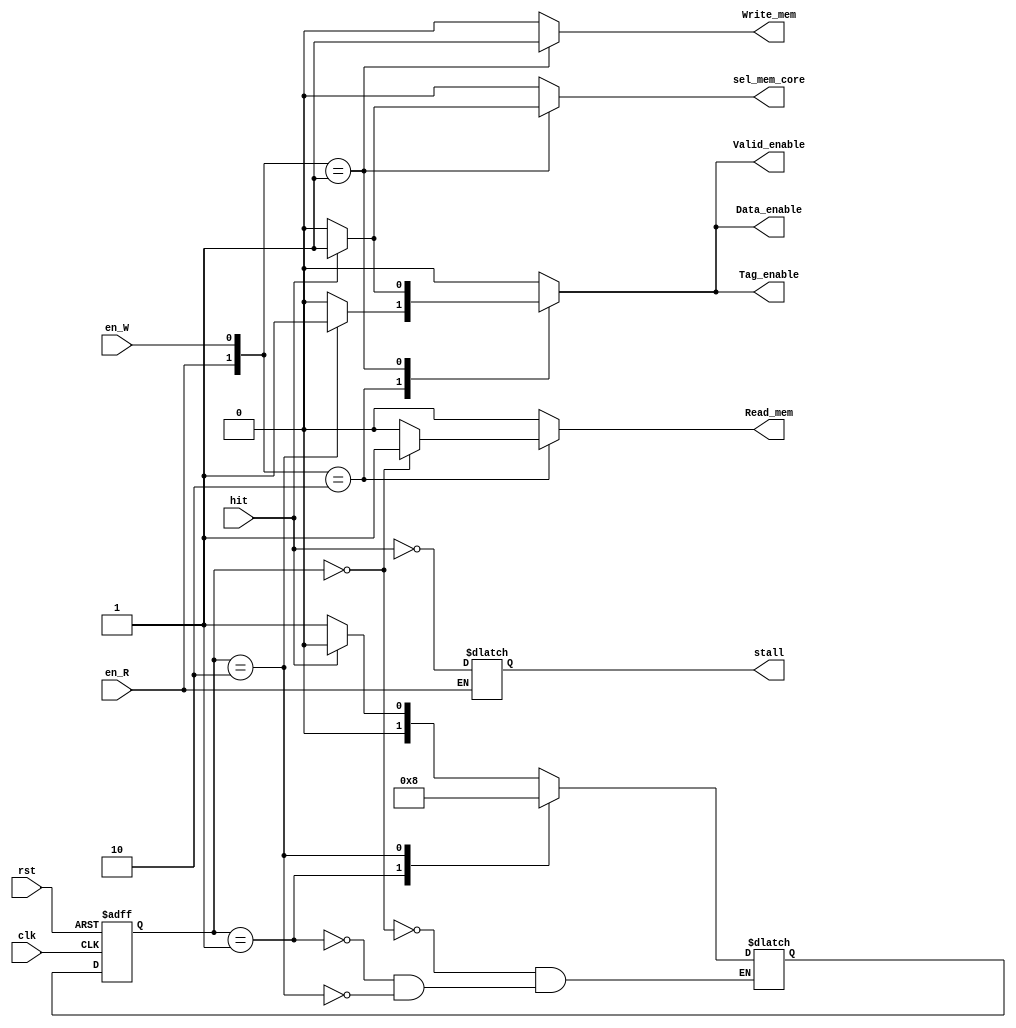
// Cache Control

module Cache_Control ( 
					   clk,
					   rst,
					   // input
					   en_R,
					   en_W,
					   hit,
					   // output
					   Read_mem,
					   Write_mem,
					   Valid_enable,
					   Tag_enable,
					   Data_enable,
					   sel_mem_core,
					   stall
					   );
	
	input clk, rst;
	input en_R;
	input en_W;
    	input hit;
	
	output Read_mem;
	output Write_mem;
	output Valid_enable;
	output Tag_enable;
	output Data_enable;
	output sel_mem_core;		// 0 data from mem, 1 data from core
	output stall;
	
	reg Read_mem;
	reg Write_mem;
	reg Valid_enable;
	reg Tag_enable;
	reg Data_enable;
	reg sel_mem_core;
	reg stall;

	parameter Read_mode = 2'b10,
		  Write_mode = 2'b01;

	parameter R_Idle = 0,
		  R_Wait = 1,
		  R_Read_Memory = 2;

	reg [1:0] cur_R_state;
	reg [1:0] nxt_R_state;

	wire Read_Miss;
	assign Read_Miss = !hit;

	parameter Write_Miss = 0,
		  Write_Hit = 1;

	always @(*) begin
		case(cur_R_state)
			R_Idle : nxt_R_state = Read_Miss ? R_Wait : R_Idle;
			R_Wait : nxt_R_state = R_Read_Memory;
			R_Read_Memory : nxt_R_state = R_Idle;
		endcase
	end

	always @(*) begin
		Read_mem = 0;
		Write_mem = 0;
		Valid_enable = 0;
		Tag_enable = 0;
		Data_enable = 0;
		sel_mem_core = 0;

		if(en_R)
		begin
			stall = Read_Miss;
		end

		/*if(en_W)
		begin
			stall = Write_Miss;
		end*/

		case({en_R,en_W})
			Read_mode : begin
				case(cur_R_state)
					R_Idle : begin
						Read_mem = 1;
					end

					R_Read_Memory : begin
						Data_enable = 1;
						Valid_enable = 1;
						Tag_enable = 1;
					end
				endcase
			end

			Write_mode : begin
				Write_mem = 1;
				case(hit)
					Write_Hit : begin
						sel_mem_core = 1;
						Data_enable = 1;
						Valid_enable = 1;
						Tag_enable = 1;
					end
				endcase
			end
		endcase

	end

	always @(posedge clk or posedge rst) begin
		if(rst)
		begin
			cur_R_state = R_Idle;
		end

		else
		begin
			cur_R_state = nxt_R_state;
		end
	end

endmodule